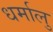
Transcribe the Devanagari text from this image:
धर्मालु